Document type: Emphyteutic lease
Year: 1274
Scribe: Pere Marquès
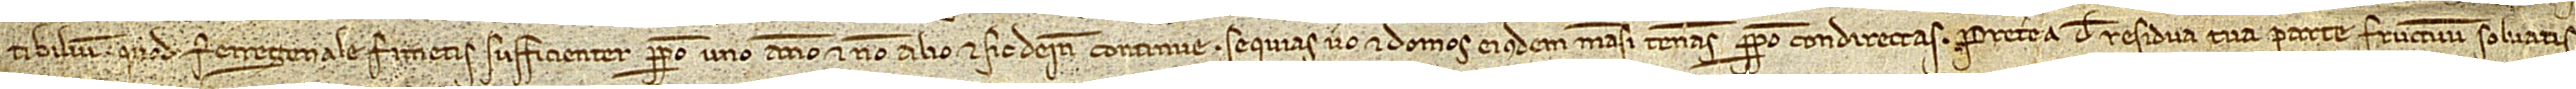
tibilium. Quod ferregenale fimetis sufficienter perpetuo uno anno et non alio, et sic deinde continue. Sequias vero et domos eiusdem mansi teneas perpetuo condirectas. Preterea de residua tua parte fructuum solvatis